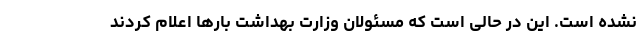
نشده است. این در حالی است که مسئولان وزارت بهداشت بارها اعلام کردند